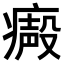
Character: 𤹥